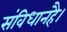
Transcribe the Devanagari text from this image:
संविधानहै।